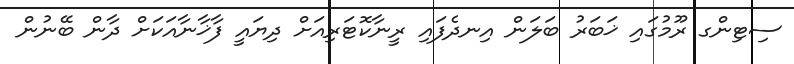
ސިޓިންގ ރޫމުގައި ޚަބަރު ބަލަން އިނދެފައި ރީނާކޮޓަރިއަށް ދިޔައީ ފާޚާނާއަކަށް ދާން ބޭނުން